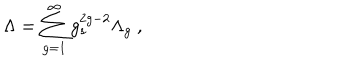
LaTeX: \Lambda = \sum _ { g = 1 } ^ { \infty } g _ { s } ^ { 2 g - 2 } \Lambda _ { g } ~ ,